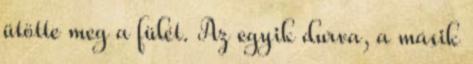
ütötte meg a fülét. Az egyik durva, a másik